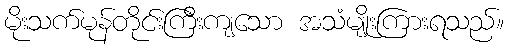
မိုးသက်မုန်တိုင်းကြီးကျသော အသံမျိုးကြားရသည်။